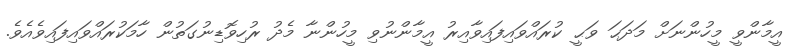
އީމާންވީ މީހުންނަށް މަދަޙަ ވަޙީ ކުރައްވައިފައިވާއިރު އީމާންނުވި މީހުންނާ މެދު ރުހިވޮޑިނުގަތުން ހާމަކުރައްވައިފައިވެއެވެ.